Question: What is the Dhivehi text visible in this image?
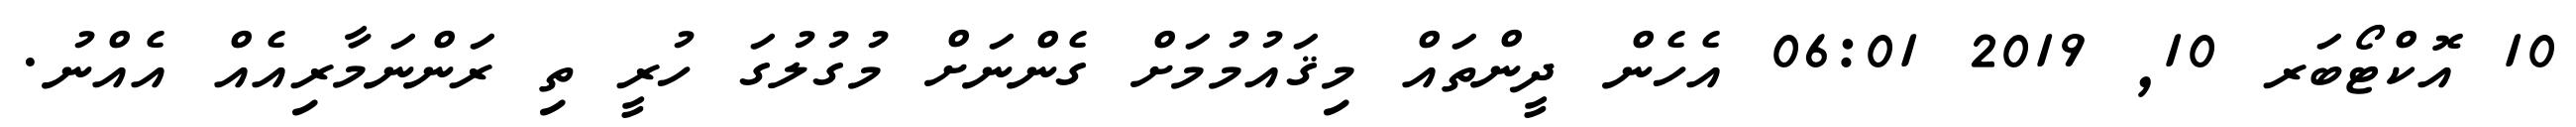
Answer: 10 އޮކްޓޯބަރ 10, 2019 06:01 އެހެން ދީންތައް މިޤައުމުމަށް ގެންނަށް މުގުލުގަ ހުރީ ތި ރަންނަމާރިއެއް އެއްނު.